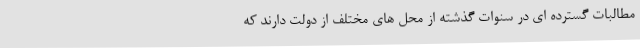
مطالبات گسترده ای در سنوات گذشته از محل های مختلف از دولت دارند که